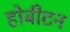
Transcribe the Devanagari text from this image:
होबीटन